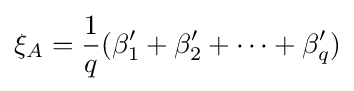
\xi _{A}={\frac {1}{q}}(\beta _{1}'+\beta _{2}'+\dots +\beta _{q}')